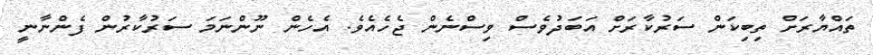
ތައްޔާރަށް ތިބިކަން ސަރުކާރަށް އަބަދުވެސް ވިސްނެން ޖެހެއެވެ. އެހެން ނޫންނަމަ ސަރުކާރުން ފެންނާނީ